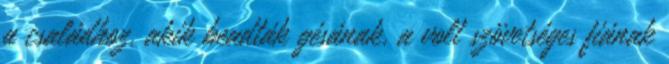
a családhoz, akik beadták gésának, a volt szövetséges fiának